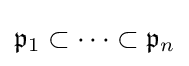
{\mathfrak {p}}_{1}\subset \cdots \subset {\mathfrak {p}}_{n}